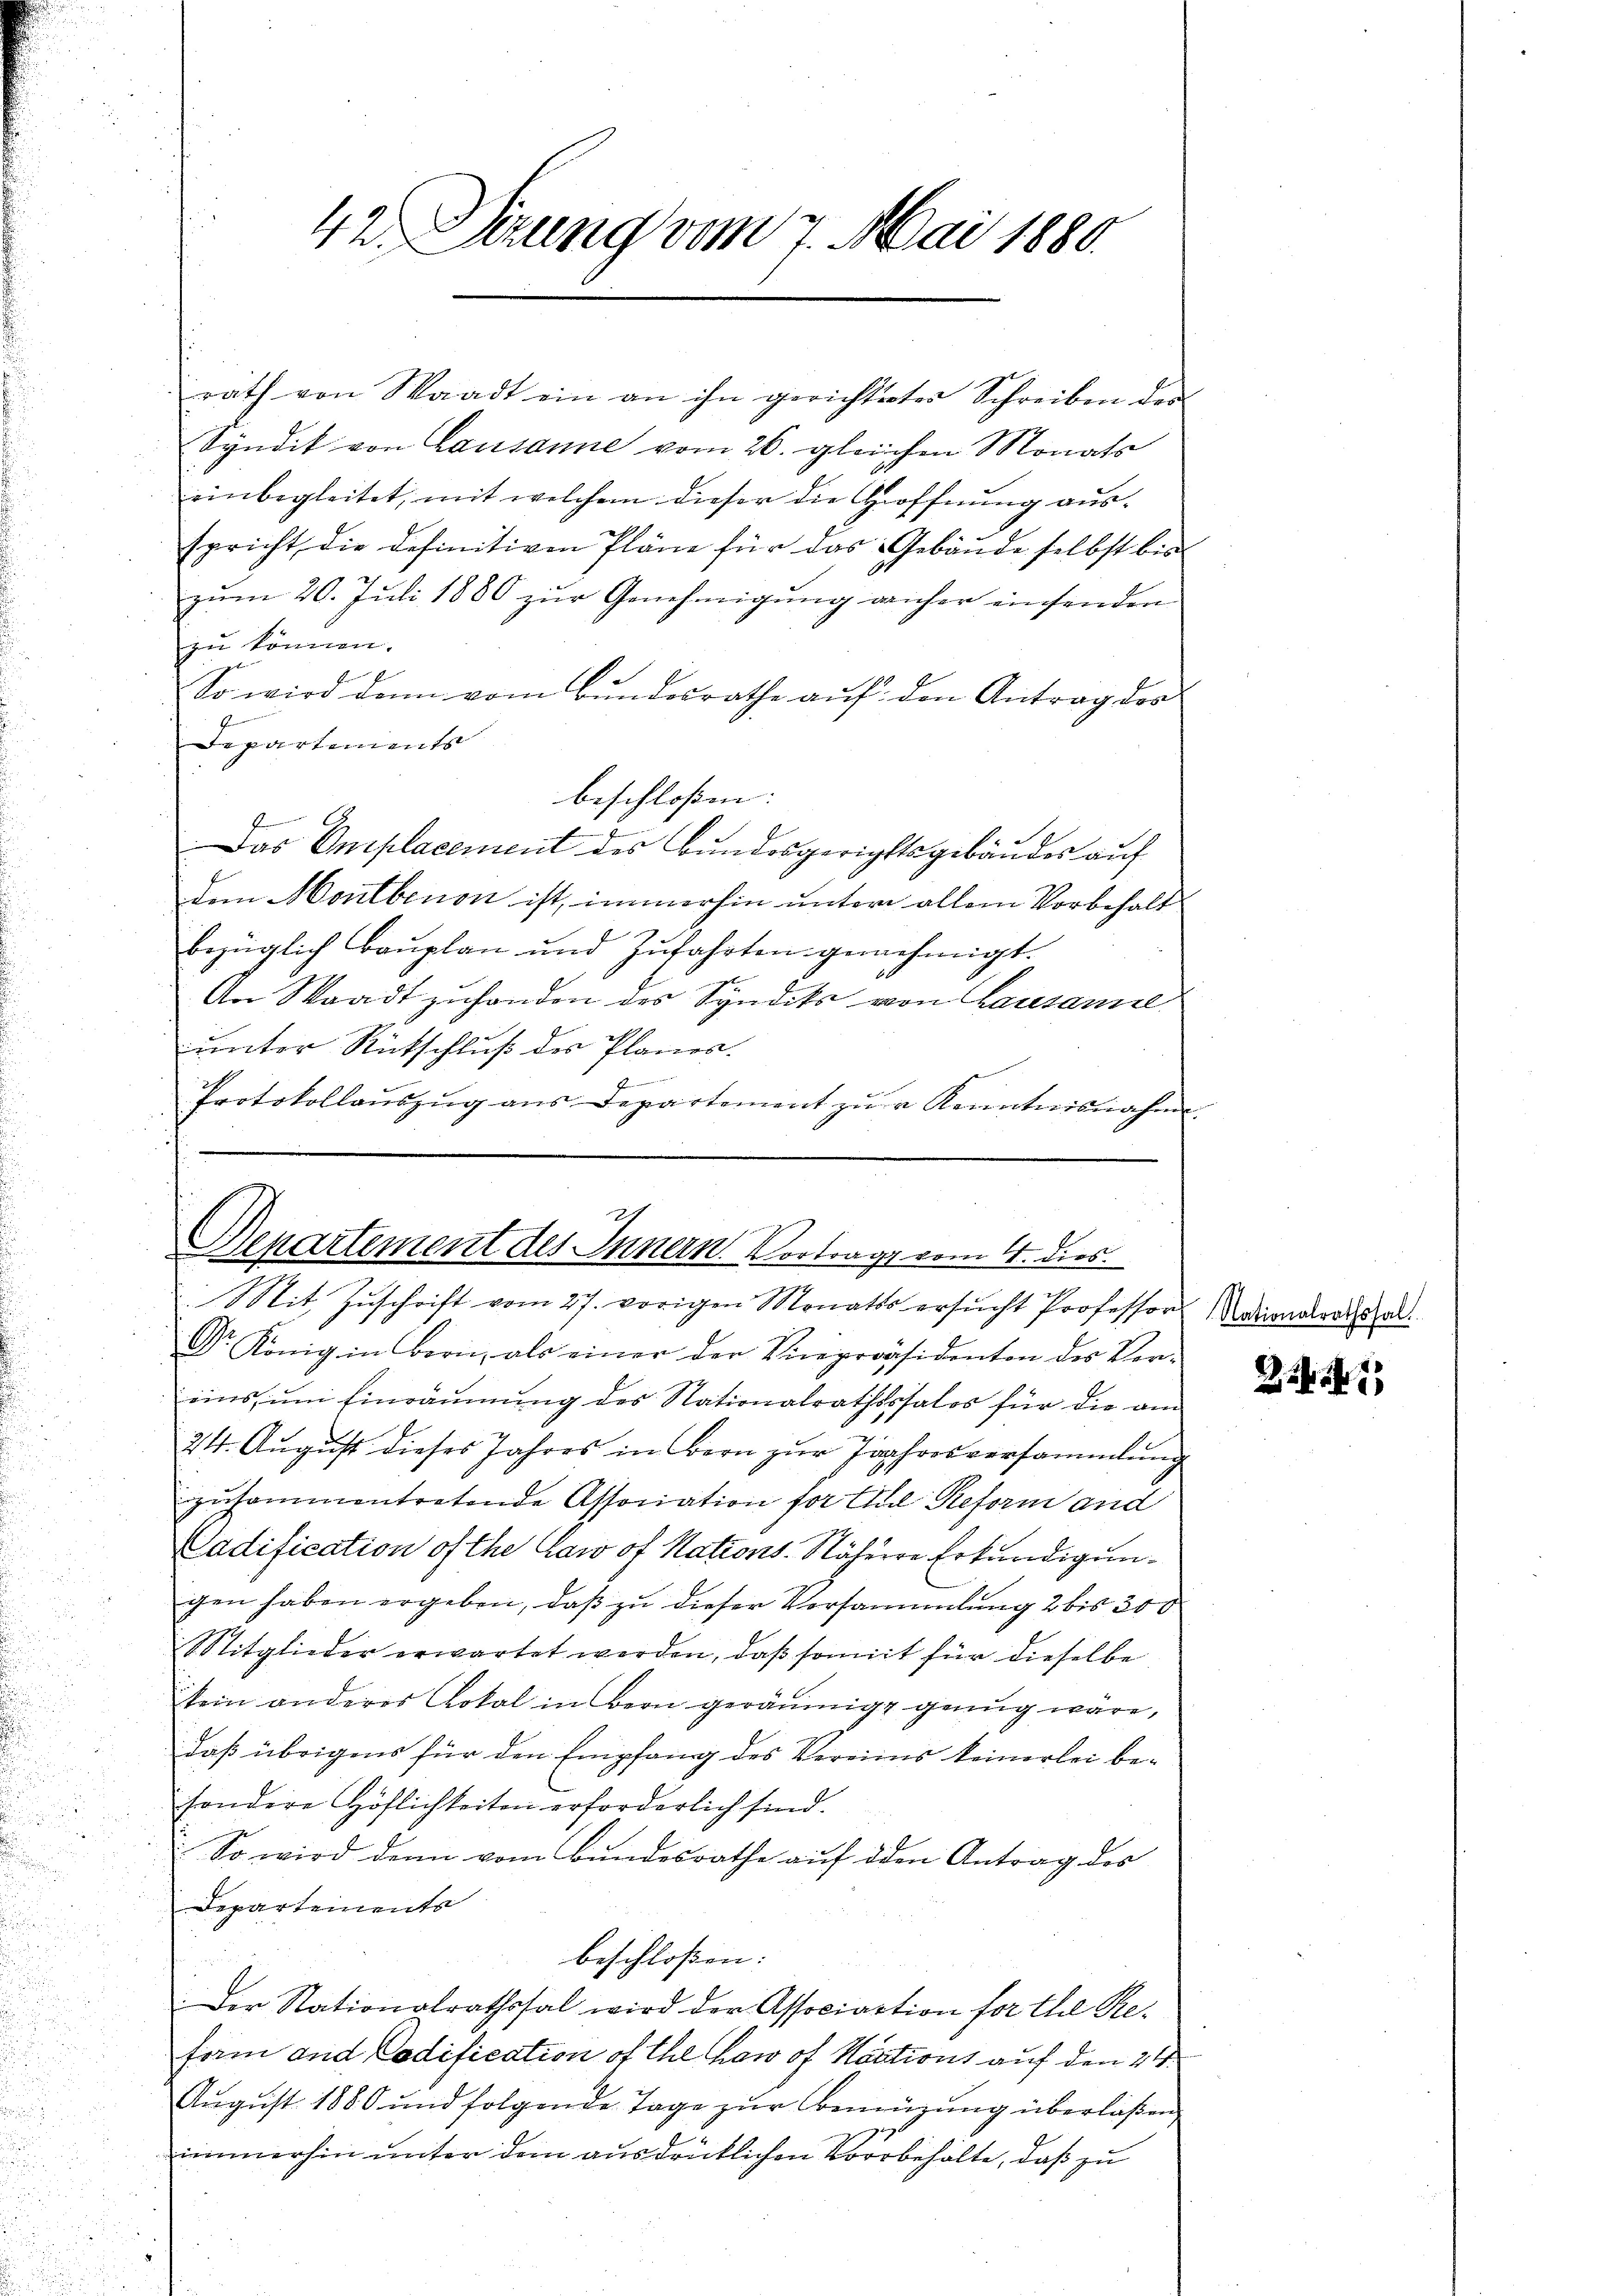
42. Dizung vom 7. Mai 1880.

rath von Waadt ein an ihn gerichteter Schreiben des
Syndit von Lausanne vom 26. gleichen Monats
einbegleitet, mit welchem dieser die Gröffnung ausspricht die definitiven Pläne für das Gebäude selbst bis
zum 20. Juli 1880 zur Genehmigung anher einsenden
zu können.
So wird dann vom Bundesrathe auf den Antrag der
J
Departements
beschloßen: |
Das Amplacement des Bundesgerichtsgebäudes auf
dem Montbenen ist, immerhin untere allem Vorbehalt
bezüglich Bauplan und Zŭfahrten genehmigt.
An Waadt zuhanden des Syndits von Lausamel
unter Rütschluß des Planes.
A
Protokollaŭszŭg ans Departement zŭ u Kenntnisnahme.

24
Benartement des Innern. Vortrage vom 4. dies
Mit Zŭschrift vom 27. vorigen Monats ersŭcht Professor Nationalratsad

Dr. König in Bern, als einer der Vicepräsidenten des Ver-
eins, um Einräumung des Stationalrathessalos für die am
24. August dieses Jahres in Bern zur Jahresversammlung
zusammentretende Association vor Cul Reform and
Cadification ofthe Law of Nations. Näherre Erkundigungen haben ergeben, daß zu dieser Versammlung 2 bis 300
Sitglieder erwartet werden, daß somit für dieselbe
kein anderer Lokal in Bern geräumig genug wäre,
daß übrigens für den Empfang des Vereines keinerlei besondere Höflichkeiten erforderlich sind.
 So wird dann vom Bundesrathe auf den Antrag des
Departements
beschloßen:
Der Nationalrathssal wird der Association forthe Re-
form und Codification of the haw of Kautions auf den 24.
August 1880 und folgende Tage zur bemühung überlaßen
immerhin unter dem ausdrücklichen Vorbehalte, daß zu

25